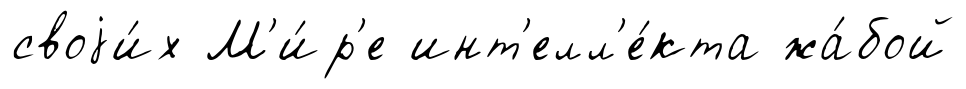
своjи́х М'и́р'е инт'елл'е́кта жа́бой